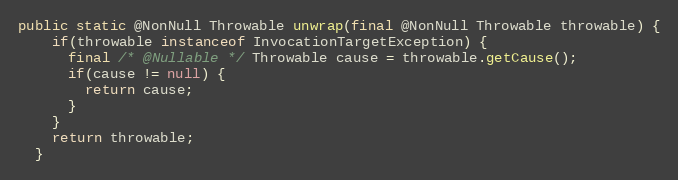
Language: Java
public static @NonNull Throwable unwrap(final @NonNull Throwable throwable) {
    if(throwable instanceof InvocationTargetException) {
      final /* @Nullable */ Throwable cause = throwable.getCause();
      if(cause != null) {
        return cause;
      }
    }
    return throwable;
  }